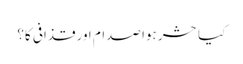
کیا حشر ہوا صدام اور قذافی کا؟